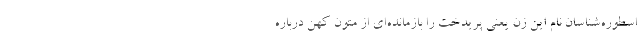
اسطوره‌شناسان نام این زن یعنی پریدخت را بازمانده‌ای از متون کهن درباره